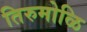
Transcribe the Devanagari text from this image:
तिरुमोळि